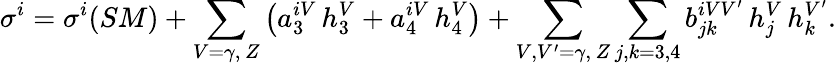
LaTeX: \sigma^{i}=\sigma^{i}(SM)+\sum_{V=\gamma,\, Z}\left(a_{3}^{iV}\, h_{3}^{V}+a_{4}^{iV}\, h_{4}^{V}\right)+\sum_{V,V^{\prime}=\gamma,\, Z}\sum_{j,k=3,4}b_{jk}^{iVV^{\prime}}\, h_{j}^{V}\, h_{k}^{V^{\prime}}.